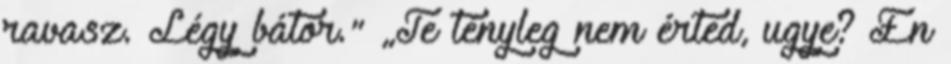
ravasz. Légy bátor." „Te tényleg nem érted, ugye? Én